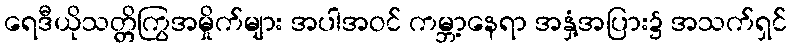
ရေဒီယိုသတ္တိကြွအမှိုက်များ အပါအဝင် ကမ္ဘာ့နေရာ အနှံ့အပြား၌ အသက်ရှင်